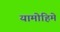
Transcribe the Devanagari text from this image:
यामोहिमे